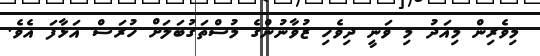
މިވެރިން މިއަދު މި ވަނީ ދިވެހި ޒުވާނުންގެ މުސްތަގުބަލަށް ހުރަސް އަޅާފަ އެވެ.